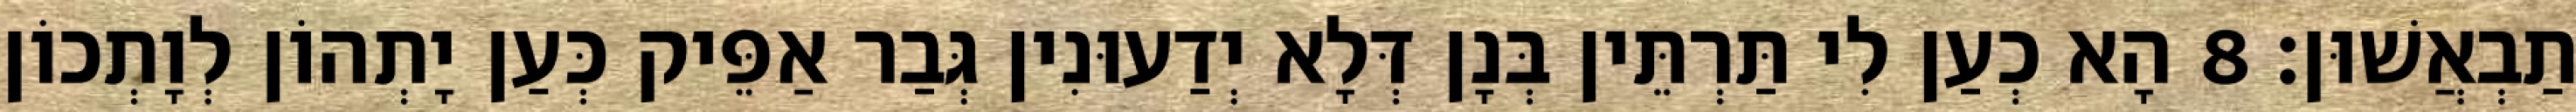
תַבְאֲשׁוּן׃ 8 הָא כְעַן לִי תַּרְתֵּין בְּנָן דְּלָא יְדַעוּנִין גְּבַר אַפֵּיק כְּעַן יָתְהוֹן לְוָתְכוֹן